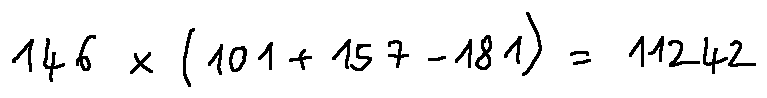
1 4 6 \times ( 1 0 1 + 1 5 7 - 1 8 1 ) = 1 1 2 4 2